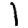
Digit: 1